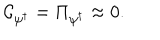
{ \cal C } _ { \psi ^ { \dagger } } = \Pi _ { \psi ^ { \dagger } } \approx 0 .